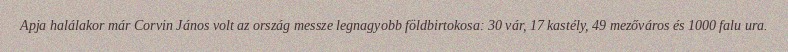
Apja halálakor már Corvin János volt az ország messze legnagyobb földbirtokosa: 30 vár, 17 kastély, 49 mezőváros és 1000 falu ura.